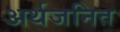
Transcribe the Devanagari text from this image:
अर्थजनित